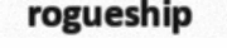
rogueship